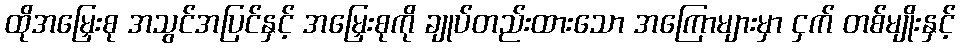
ထိုအမြှေးစု အသွင်အပြင်နှင့် အမြှေးစုကို ချုပ်တည်းထားသော အကြောများမှာ ငှက် တစ်မျိုးနှင့်